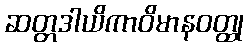
ဆတ္တဒါယိကာဝိမာနဝတ္ထု